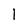
Character: 1